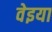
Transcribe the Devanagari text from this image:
वेइया